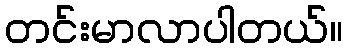
တင်းမာလာပါတယ်။